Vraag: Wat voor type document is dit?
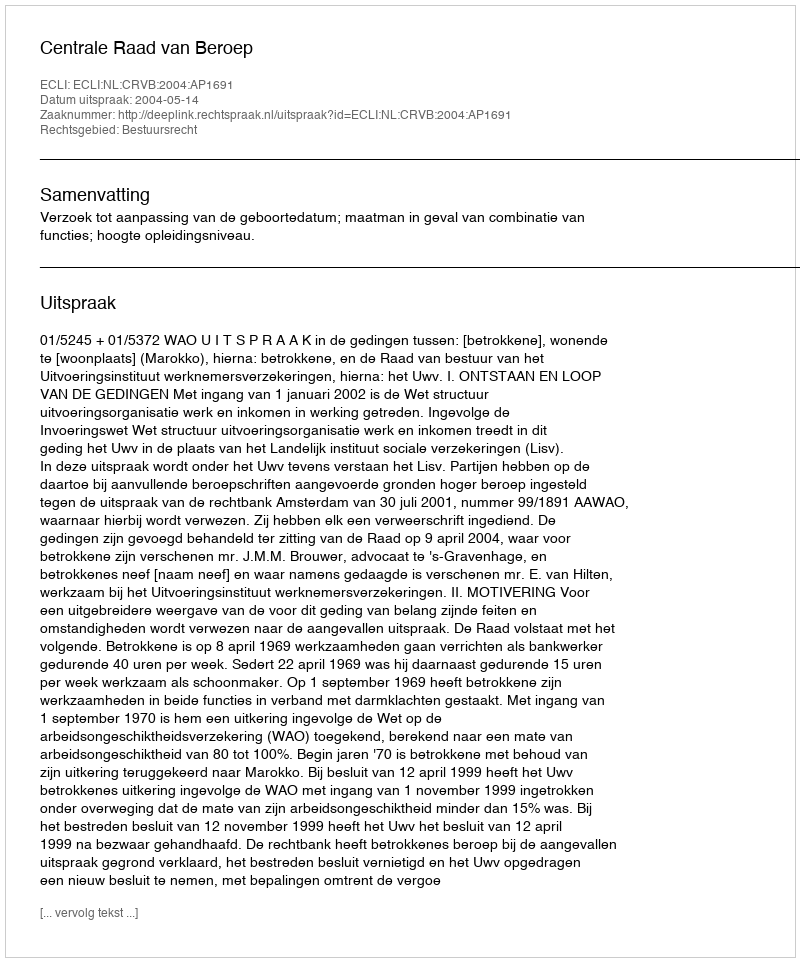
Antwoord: Uitspraak